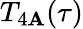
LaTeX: T_{4\mathbf{A}}(\tau)